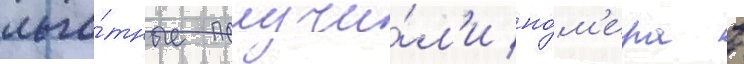
льго́тные получи́л'и но́м'ера в